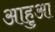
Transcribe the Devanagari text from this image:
आहुआ